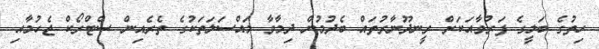
ހިތުގެ ބަލީގެ ފަރުވާއަކަށް ރީނދޫނާރުތައް ބެދުމުން ދިމާވާ މައްސަލަތަކުގެ ތެރެއިން ސްޓްރޯކް ޖެހުމާއި